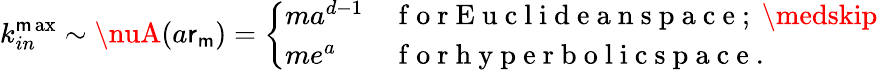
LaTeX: k_{in}^{\operatorname*{\mathsf{m}ax}}\sim\nuA(a\mathsf{r}_{\mathsf{m}})=\left\{ \begin{array}{ll}{ma^{d-1}}&{\mathrm{~f~o~r~E~u~c~l~i~d~e~a~n~s~p~a~c~e~;~}\medskip}\\ {me^{a}}&{\mathrm{~f~o~r~h~y~p~e~r~b~o~l~i~c~s~p~a~c~e~.~}}\end{array}\right.